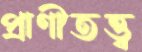
প্রাণীতত্ত্ব